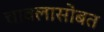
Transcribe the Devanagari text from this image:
चावलासोबत